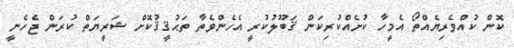
ކޮން ކުއްވެރިޔެއްތޯ އެމީހާ ކުށެއްކުރިކަން ޤަބޫލުކުރީ އެހެންވެތާ ތަޙުޤީޤުކޮށް ޝަރީޔަތް ކުރަން ޖެހެނީ